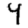
Digit: 4